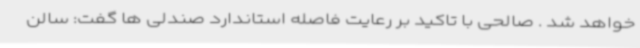
خواهد شد . صالحی با تاکید بر رعایت فاصله استاندارد صندلی ها گفت: سالن